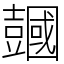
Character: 𧰒